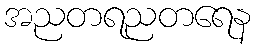
အညတရညတရေန